Juri_Uluots, lk 31
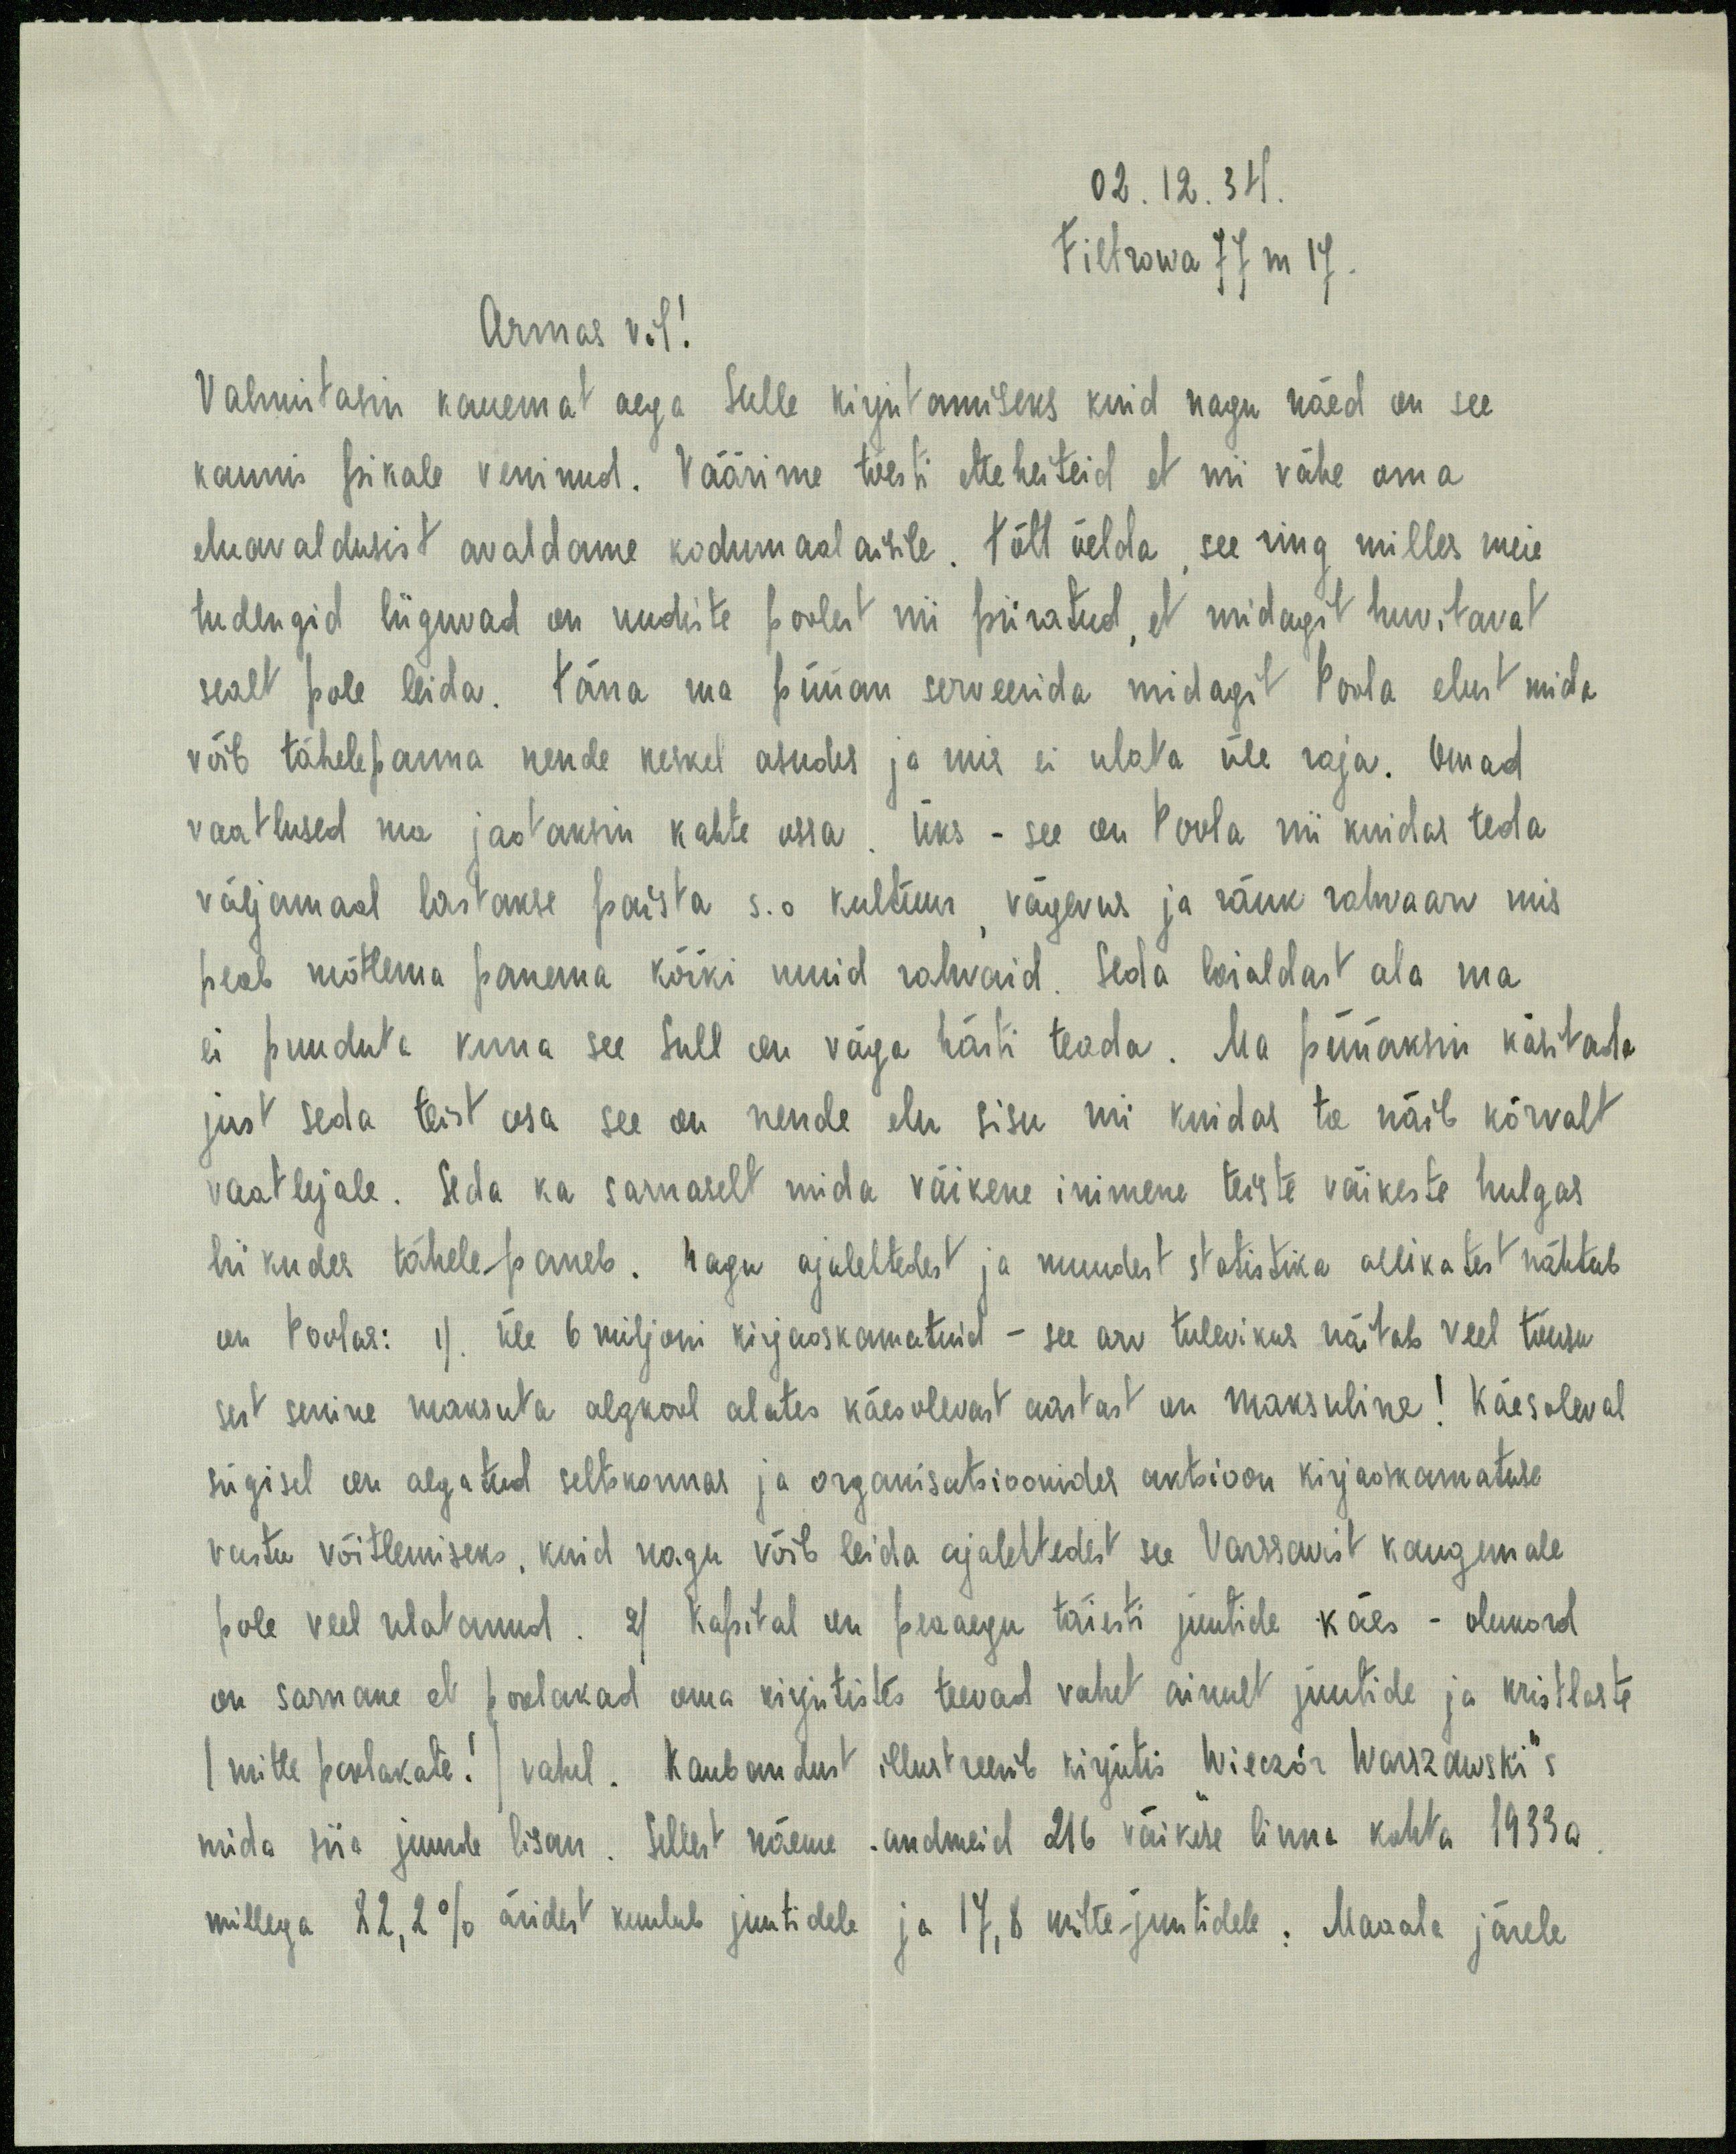
02. 12. 34.
Filtrowa 77 m 17.
Armas vil!
Valmistasin kauemat aega sulle kirjutamiseks kuid nagu näed on see
kaunis pikale veninud. Väärime tõesti etteheiteid et nii vähe oma
eluavaldusist avaldame kodumaalaisile. Tõtt öelda see ring milles meie
tudengid liiguvad on uudiste poolest nii piiratud, et midagit huvitavad
sealt pole leida. Täna ma püüan serveerida midagit Poola elust mida
võib tähelepanna nende keskel asudes ja mis ei ulata üle raja. Omad
vaatlused ma jaotaksin kahte ossa. Üks - see on Poola nii kuidas teda
väljamaal lastakse paista s.o kultuur vägevus ja ränk rahvaarv mis
peab mõtlema panema kõiki muid rahvaid. Seda laialdast ala ma
ei puuduta kuna see Sull on väga hästi teada. Ma püüaksin käsitada
just seda teist osa see on nende elu sisu nii kuidas ta näib kõrvalt
vaatlejale. Seda ka sarnaselt mida väikene inimene teiste väikeste hulgas
liikudes tähele paneb. Nagu ajalehtedest ja muudest statistika allikatest nähtub
on Poolas: 1) Üle 6 miljoni kirjaoskamatuid - see arv tulevikus näitab veel tõusu
sest senine maksuta algkool alates käesolevast aastast on maksuline! Käesoleval
sügisel on algatud seltskonnas ja organisatsioonides aktsioon kirjaoskamatuse
vastu võitlemiseks, kuid nagu võib leida ajalehtedest see Varssavist kaugemale
pole veel ulatanud. 2) Kapital on peaaegu täiesti juutide käes - olukord
on sarnane et poolakad oma kirjutistes teevad vahet ainult juutide ja kristlaste
(mitte poolakate!) vahel. Kaubandust illustreerib kirjutis Wieczór Warszawski's
mida siia juurde lisan. Sellest näeme andmeid 216 väikese linna kohta 1933 a.
millega 82,2% äridest kuulub juutidele ja 17,8 mitte-juutidele: Maaala järele